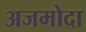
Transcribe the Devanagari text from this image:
अजमोदा